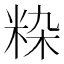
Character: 𬖚